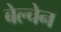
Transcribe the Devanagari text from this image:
बेल्चेन